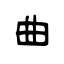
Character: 曲